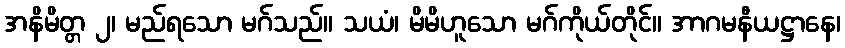
အနိမိတ္တ ၂၊ မည်ရသော မဂ်သည်။ သယံ၊ မိမိဟူသော မဂ်ကိုယ်တိုင်။ အာဂမနီယဋ္ဌာနေ၊